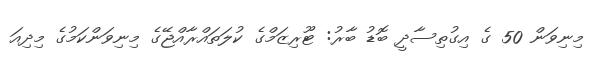
މިނިވަން 50 ގެ އިގުތިސާދީ ބޮޑު ބާރު: ޓޫރިޒަމްގެ ކުލަތައްރާއްޖޭގެ މިނިވަންކަމުގެ މިދިއަ